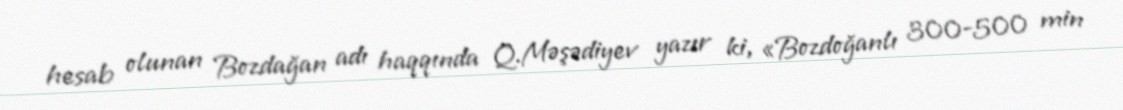
hesab olunan Bozdağan adı haqqında Q.Məşədiyev yazır ki, «Bozdoğanlı 300-500 min